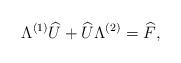
LaTeX: \begin{align*}\Lambda^{(1)} \widehat{U} + \widehat{U} \Lambda^{(2)} = \widehat{F},\end{align*}